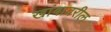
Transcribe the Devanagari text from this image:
खांबावरील